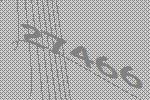
27466